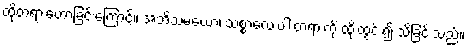
ထိုတရားဟောခြင်းကြောင့်။ အဘိသမယော၊ သစ္စာလေးပါးတရားကို ထိုးထွင်း၍ သိခြင်းသည်။